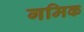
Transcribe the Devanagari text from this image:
गमिक